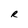
Character: R